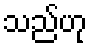
သည်ဟု